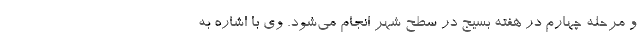
و مرحله چهارم در هفته بسیج در سطح شهر انجام می‌شود. وی با اشاره به